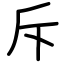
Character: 斥